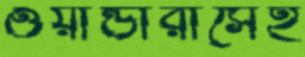
ওয়ান্ডারার্সেই